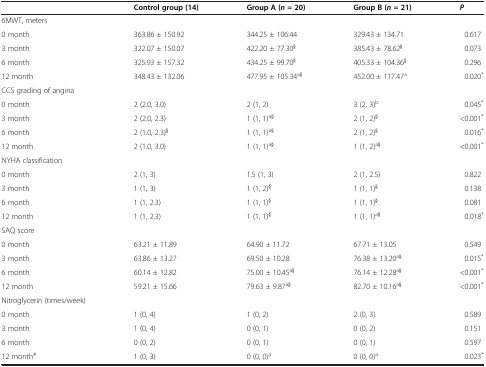
<table><thead><tr><td><b> </b></td><td><b>Control group (14)</b></td><td><b>Group A (<i>n =</i>20)</b></td><td><b>Group B (<i>n =</i>21)</b></td><td><b><i>P</i></b></td></tr></thead><tbody><tr><td>6MWT, meters</td><td> </td><td> </td><td> </td><td> </td></tr><tr><td>0 month</td><td>363.86 ± 150.92</td><td>344.25 ± 106.44</td><td>329.43 ± 134.71</td><td>0.617</td></tr><tr><td>3 month</td><td>322.07 ± 150.07</td><td>422.20 ± 77.30<sup>§</sup></td><td>385.43 ± 78.62<sup>§</sup></td><td>0.073</td></tr><tr><td>6 month</td><td>325.93 ± 157.32</td><td>434.25 ± 99.70<sup>§</sup></td><td>405.33 ± 104.36<sup>§</sup></td><td>0.296</td></tr><tr><td>12 month</td><td>348.43 ± 132.06</td><td>477.95 ± 105.34<sup>a§</sup></td><td>452.00 ± 117.47<sup>a</sup></td><td>0.020<sup>*</sup></td></tr><tr><td>CCS grading of angina</td><td> </td><td> </td><td> </td><td> </td></tr><tr><td>0 month</td><td>2 (2.0, 3.0)</td><td>2 (1, 2)</td><td>3 (2, 3)<sup>b</sup></td><td>0.045<sup>*</sup></td></tr><tr><td>3 month</td><td>2 (2.0, 2.3)</td><td>1 (1, 1)<sup>a§</sup></td><td>2 (1, 2)<sup>§</sup></td><td>&lt;0.001<sup>*</sup></td></tr><tr><td>6 month</td><td>2 (1.0, 2.3)<sup>§</sup></td><td>1 (1, 1)<sup>a§</sup></td><td>2 (1, 2)<sup>§</sup></td><td>0.016<sup>*</sup></td></tr><tr><td>12 month</td><td>2 (1.0, 3.0)</td><td>1 (1, 1)<sup>a§</sup></td><td>1 (1, 2)<sup>a§</sup></td><td>&lt;0.001<sup>*</sup></td></tr><tr><td>NYHA classification</td><td> </td><td> </td><td> </td><td> </td></tr><tr><td>0 month</td><td>2 (1, 3)</td><td>1.5 (1, 3)</td><td>2 (1, 2.5)</td><td>0.822</td></tr><tr><td>3 month</td><td>1 (1, 3)</td><td>1 (1, 2)<sup>§</sup></td><td>1 (1, 1)<sup>§</sup></td><td>0.138</td></tr><tr><td>6 month</td><td>1 (1, 2.3)</td><td>1 (1, 1)<sup>§</sup></td><td>1 (1, 1)<sup>§</sup></td><td>0.081</td></tr><tr><td>12 month</td><td>1 (1, 2.3)</td><td>1 (1, 1)<sup>§</sup></td><td>1 (1, 1)<sup>a§</sup></td><td>0.018<sup>*</sup></td></tr><tr><td>SAQ score</td><td> </td><td> </td><td> </td><td> </td></tr><tr><td>0 month</td><td>63.21 ± 11.89</td><td>64.90 ± 11.72</td><td>67.71 ± 13.05</td><td>0.549</td></tr><tr><td>3 month</td><td>63.86 ± 13.27</td><td>69.50 ± 10.28</td><td>76.38 ± 13.20<sup>a§</sup></td><td>0.015<sup>*</sup></td></tr><tr><td>6 month</td><td>60.14 ± 12.82</td><td>75.00 ± 10.45<sup>a§</sup></td><td>76.14 ± 12.28<sup>a§</sup></td><td>&lt;0.001<sup>*</sup></td></tr><tr><td>12 month</td><td>59.21 ± 15.66</td><td>79.63 ± 9.87<sup>a§</sup></td><td>82.70 ± 10.16<sup>a§</sup></td><td>&lt;0.001<sup>*</sup></td></tr><tr><td>Nitroglycerin (times/week)</td><td> </td><td> </td><td> </td><td> </td></tr><tr><td>0 month</td><td>1 (0, 4)</td><td>1 (0, 2)</td><td>2 (0, 3)</td><td>0.589</td></tr><tr><td>3 month</td><td>1 (0, 4)</td><td>0 (0, 1)</td><td>0 (0, 2)</td><td>0.151</td></tr><tr><td>6 month</td><td>0 (0, 2)</td><td>0 (0, 1)</td><td>0 (0, 1)</td><td>0.597</td></tr><tr><td>12 month<sup>#</sup></td><td>1 (0, 3)</td><td>0 (0, 0)<sup>a</sup></td><td>0 (0, 0)<sup>a</sup></td><td>0.023<sup>*</sup></td></tr></tbody></table>